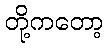
တို့ကတော့